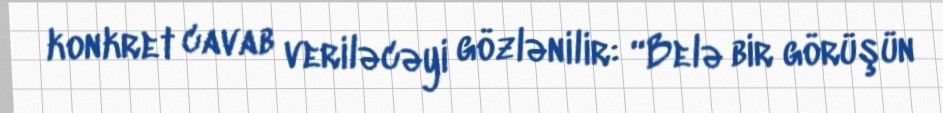
konkret cavab veriləcəyi gözlənilir: “Belə bir görüşün